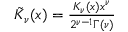
\begin{array} { r } { \tilde { K } _ { \nu } ( x ) = \frac { K _ { \nu } ( x ) x ^ { \nu } } { 2 ^ { \nu - 1 } \Gamma ( \nu ) } } \end{array}